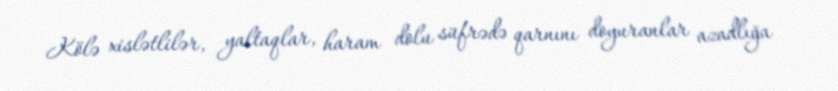
Kölə xislətlilər, yaltaqlar, haram dolu süfrədə qarnını doyuranlar azadlığa